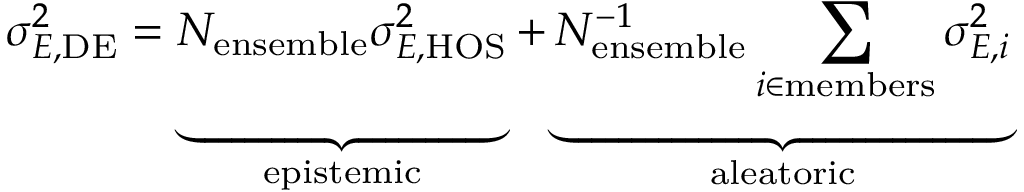
\sigma _ { E , \mathrm { D E } } ^ { 2 } = \underbrace { \vphantom { \sum _ { i \in \mathrm { m e m b e r s } } } N _ { \mathrm { e n s e m b l e } } \sigma _ { E , \mathrm { H O S } } ^ { 2 } } _ { \mathrm { e p i s t e m i c } } + \underbrace { N _ { \mathrm { e n s e m b l e } } ^ { - 1 } \sum _ { i \in \mathrm { m e m b e r s } } \sigma _ { E , i } ^ { 2 } } _ { \mathrm { a l e a t o r i c } }